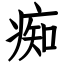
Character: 痴